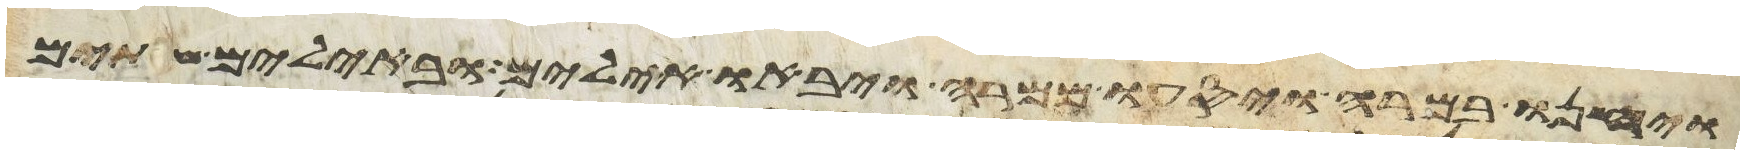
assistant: ויחנו במרה ויסעו ממרה ויבאו אילים ובאילים שתים